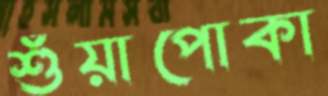
শুঁয়াপোকা